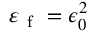
\varepsilon _ { \mathrm { ~ f ~ } } = \epsilon _ { 0 } ^ { 2 }